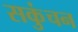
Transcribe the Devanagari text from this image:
सकुंचन